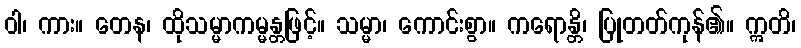
ဝါ၊ ကား။ တေန၊ ထိုသမ္မာကမ္မန္တဖြင့်။ သမ္မာ၊ ကောင်းစွာ။ ကရောန္တိ၊ ပြုတတ်ကုန်၏။ ဣတိ၊